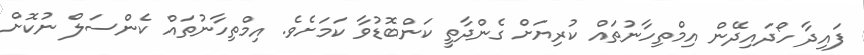
ފައިދާ ހޯދައިދޭން އިމްތިހާނުތައް ކުރިޔަށް ގެންދާތީ ކަންބޮޑުވާ ކަމަށެވެ. އިމްތިހާނުތައް ކެންސަލް ނުކޮށް